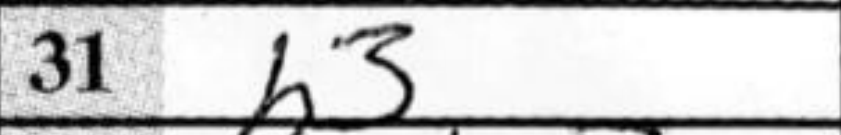
Transcription: h3